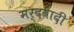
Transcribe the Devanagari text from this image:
मर्दवादी